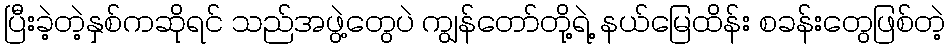
ပြီးခဲ့တဲ့နှစ်ကဆိုရင် သည်အဖွဲ့တွေပဲ ကျွန်တော်တို့ရဲ့ နယ်မြေထိန်း စခန်းတွေဖြစ်တဲ့